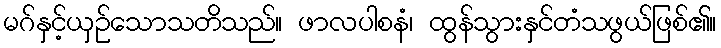
မဂ်နှင့်ယှဉ်သောသတိသည်။ ဖာလပါစနံ၊ ထွန်သွားနှင်တံသဖွယ်ဖြစ်၏။